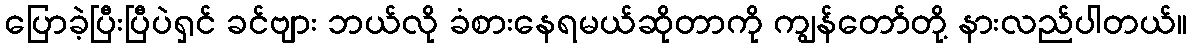
ပြောခဲ့ပြီးပြီပဲရှင် ခင်ဗျား ဘယ်လို ခံစားနေရမယ်ဆိုတာကို ကျွန်တော်တို့ နားလည်ပါတယ်။